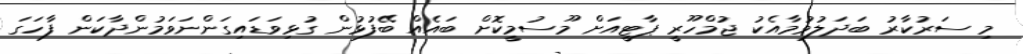
މި ސަރުކާރު ބަދަލުވުމާއެކު ޖުމްހޫރީ ޕާޓީއަށް މޫސުމީކޮށް ބައެއް ބޭފުޅުން ގުޅިވަޑައިގަންނަވަމުންދާކަން ފާހަގަ